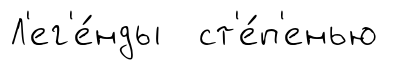
Л'ег'е́нды ст'е́п'енью